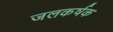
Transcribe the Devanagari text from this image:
जलकर्षक